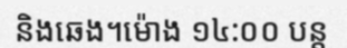
និងឆេង។ម៉ោង ១៤:០០ បន្ត